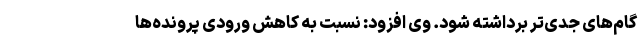
گام‌های جدی‌تر برداشته شود. وی افزود: نسبت به کاهش ورودی پرونده‌ها